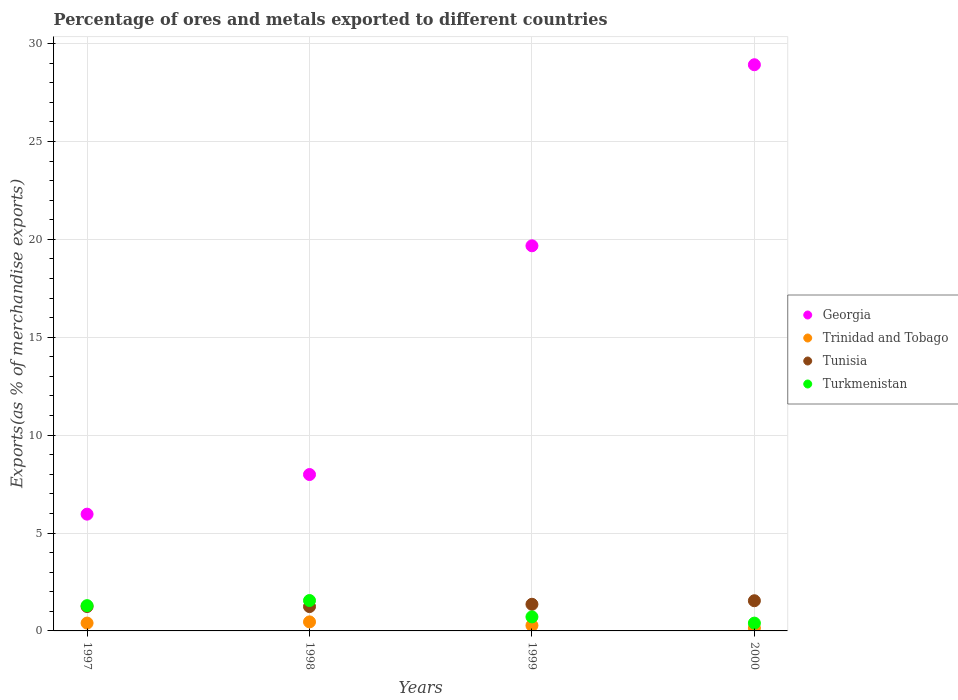
| Years | Georgia | Trinidad and Tobago | Tunisia | Turkmenistan |
 | --- | --- | --- | --- | --- |
 | 1997 | 5.96 | 0.401 | 1.25 | 1.29 |
 | 1998 | 7.99 | 0.461 | 1.24 | 1.55 |
 | 1999 | 19.7 | 0.279 | 1.36 | 0.718 |
 | 2000 | 28.9 | 0.147 | 1.54 | 0.399 |